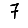
Digit: 7